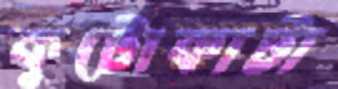
কুটোকাটা